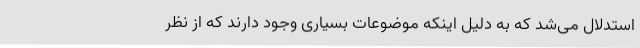
استدلال می‌شد که به دلیل اینکه موضوعات بسیاری وجود دارند که از نظر